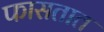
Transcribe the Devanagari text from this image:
फासतात